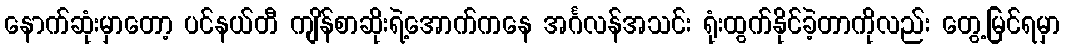
နောက်ဆုံးမှာတော့ ပင်နယ်တီ ကျိန်စာဆိုးရဲ့အောက်ကနေ အင်္ဂလန်အသင်း ရုံးထွက်နိုင်ခဲ့တာကိုလည်း တွေ့မြင်ရမှာ